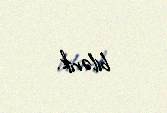
bilərik.